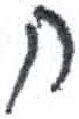
אות: ח